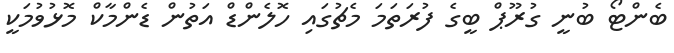
ބެންޓޯ ބުނީ ގުރޫޕް ބީގެ ފުރަތަމަ މެޗުގައި ހޮލެންޑް އަތުން ޑެންމާކް މޮޅުވުމަކީ